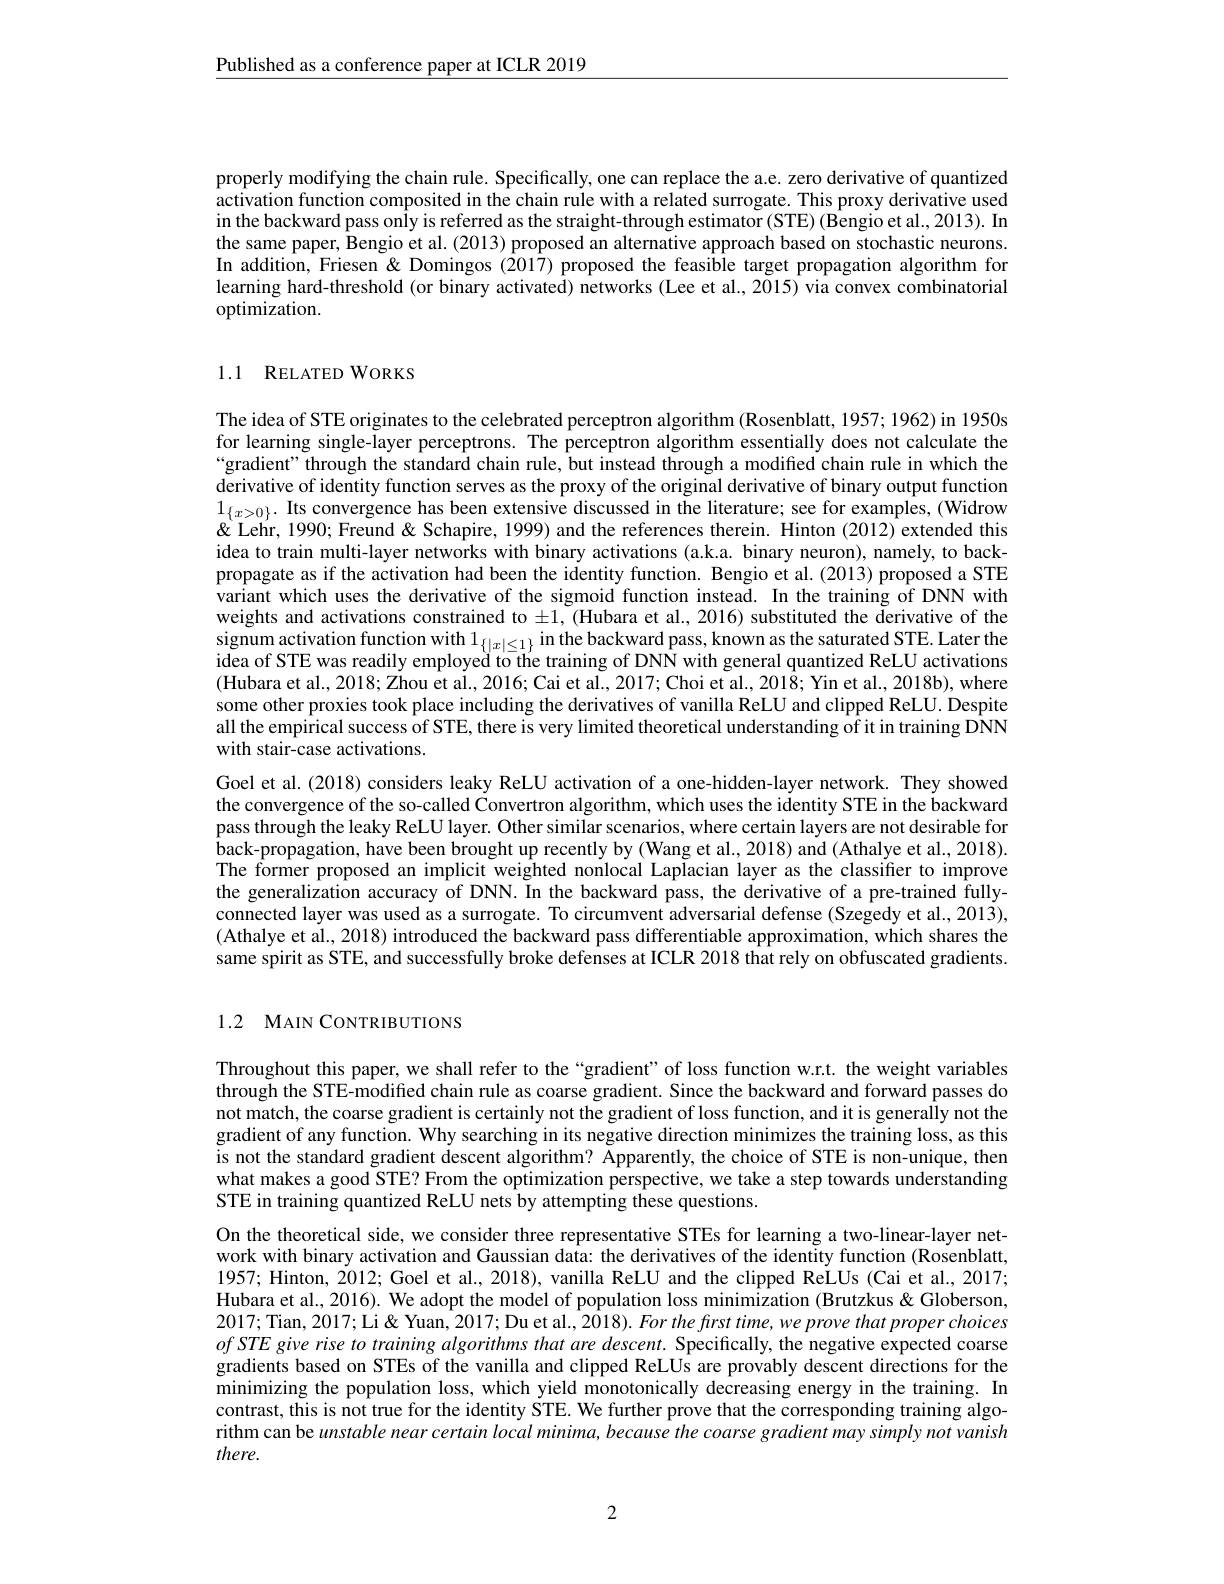
$\underline{\text{Published as a conference paper at ICLR 2019}}$

properly modifying the chain rule. Specifically, one can replace the a.e. zero derivative of quantized activation function composited in the chain rule with a related surrogate. This proxy derivative used in the backward pass onÎy is referred as the straight-through estimator (STE) (Bengio et al., 2013). In the same paper, Bengio et al. (2013) proposed an alternative approach based on stochastic neurons. In addition, Friesen& Domingos (2017) proposed the feasible target propagation algorithm for learning hard-threshold (or binary activated) networks (Lee et al., 2015) via convex combinatorial optimization.

# 1.1 RELATED WORKS

The idea of STE originates to the celebrated perceptron algorithm (Rosenblatt, 1957; 1962) in 1950s for learning single-layer perceptrons. The perceptron algorithm essentially does not calculate the “gradient” through the standard chain rule, but instead through a modified chain rule in which the derivative of identity function serves as the proxy of the original derivative of binary output function $1_{\{x>0\}}.$ Its convergence has been extensive discussed in the literature; see for examples, (Widrow). & ' Q Lehr, 1990; Freund & Schapire, 1999) and the references therein. Hinton (2012) extended this idea to train multi-layer networks with binary activations (a.k.a. binary neuron), namely, to backpropagate as if the activation had been the identity function. Bengio et al.(2013) proposed a STE variant which uses the derivative of the sigmoid function instead. In the training of DNN with weights and activations constrained to $\pm1$, (Hubara et al., 2016) substituted the derivative of the signum activation function with $1_\{|x|\leq1\}$ in the backward pass, known as the saturated STE. Later the idea of STE was readily employed to the training of DNN with general quantized ReLU activations (Hubara et al., 2018; Zhou et al., 2016; Cai et al., 2017; Choi et al., 2018; Yin et al., 2018b), where some other proxies took place including the derivatives of vanilla ReLU and clipped ReLU. Despite all the empirical success of STE, there is very limited theoretical understanding of it in training DNN with stair-case activations.
Goel et al. (2018) considers leaky ReLU activation of a one-hidden-layer network. They showed the convergence of the so-called Convertron algorithm, which uses the identity STE in the backward pass through the leaky ReLU layer. Other similar scenarios, where certain layers are not desirable for back- propagation, have been brought up recently by ( Wang et al. , 2018) and ( Athalye et al. , 2018) . Tres The former proposed an implicit weighted nonlocal Laplacian layer as the classifier to improve the generalization accuracy of DNN. In the backward pass, the derivative of a pre-trained fullyconnected layer was used as a surrogate. To circumvent adversarial defense (Szegedy et al., 2013), (Athalye et al., 2018) introduced the backward pass differentiable approximation, which shares the same spirit as STE, and successfully broke defenses at ICLR 2018 that rely on obfuscated gradients.

## 1.2 MAIN CONTRIBUTIONS

Throughout this paper, we shall refer to the“gradient” of loss function w.r.t. the weight variables through the STE-modified chain rule as coarse gradient. Since the backward and forward passes do not match, the coarse gradient is certainly not the gradient of loss function, and it is generally not the gradient of any function. Why searching in its negative direction minimizes the training loss, as this is not the standard gradient descent algorithm? Apparently, the choice of STE is non-unique, then what makes a good STE? From the optimization perspective, we take a step towards understanding STE in training quantized ReLU nets by attempting these questions.
On the theoretical side, we consider three representative STEs for learning a two-linear-layer network with binary activation and Gaussian data: the derivatives of the identity function (Rosenblatt, 1957; Hinton, 2012; Goel et al., 2018), vanilla ReLU and the clipped ReLUs (Cai et al., 2017; Hubara et al., 2016). We adopt the model of population loss minimization (Brutzkus&Globerson, 2017; Tian, 2017; Li & Yuan, 2017; Du et al., 2018). For the frst time, we prove that proper choices ofSTEgiverise to training algorithms that are descent. Specifically, the negative expected coarse gradients based on STEs of the vanilla and clipped ReLUs are provably descent directions for the minimizing the population loss, which yield monotonically decreasing energy in the training. In contrast, this is not true for the identity STE. We further prove that the corresponding training algorithm can be unstable near certain local minima, because the coarse gradient may simply not vanish there.

2